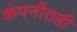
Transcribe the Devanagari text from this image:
कंपनीतही